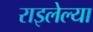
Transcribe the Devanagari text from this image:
राइलेल्या